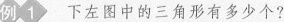
例1 下左图中的三角形有多少个?